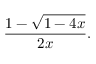
{ \frac { 1 - { \sqrt { 1 - 4 x } } } { 2 x } } .